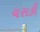
ચસકી